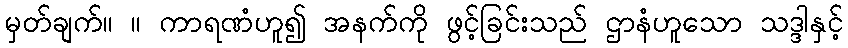
မှတ်ချက်။ ။ ကာရဏံဟူ၍ အနက်ကို ဖွင့်ခြင်းသည် ဌာနံဟူသော သဒ္ဒါနှင့်